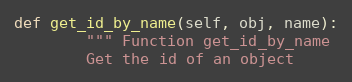
Language: Python
def get_id_by_name(self, obj, name):
        """ Function get_id_by_name
        Get the id of an object